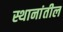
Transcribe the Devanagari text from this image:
स्थानांतील